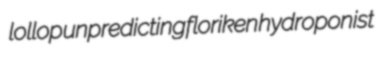
lollop unpredicting floriken hydroponist